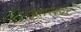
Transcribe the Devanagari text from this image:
उत्तरेश्‍वर